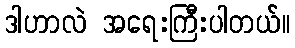
ဒါဟာလဲ အရေးကြီးပါတယ်။